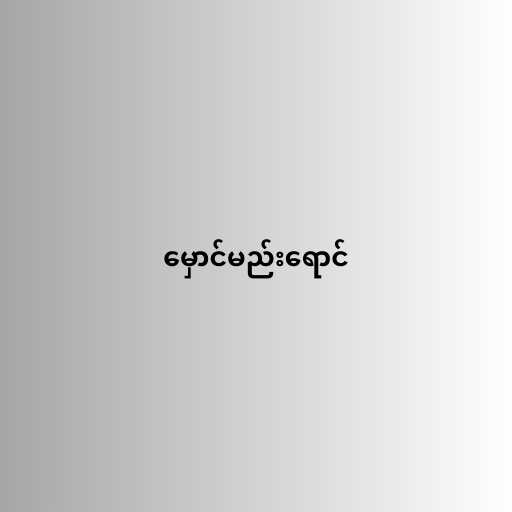
မှောင်မည်းရောင်